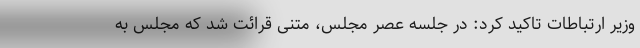
وزیر ارتباطات تاکید کرد: در جلسه عصر مجلس، متنی قرائت شد که مجلس به